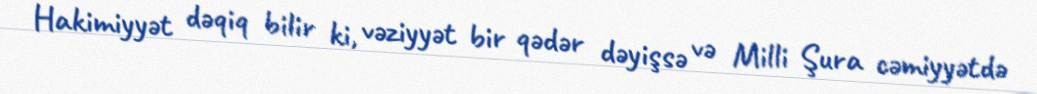
Hakimiyyət dəqiq bilir ki, vəziyyət bir qədər dəyişsə və Milli Şura cəmiyyətdə